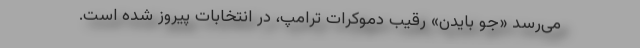
می‌رسد «جو بایدن» رقیب دموکرات ترامپ، در انتخابات پیروز شده است.